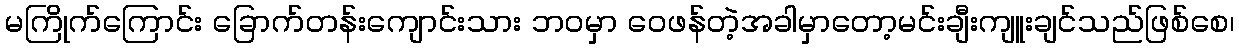
မကြိုက်ကြောင်း ခြောက်တန်းကျောင်းသား ဘဝမှာ ဝေဖန်တဲ့အခါမှာတော့မင်းချီးကျူးချင်သည်ဖြစ်စေ၊